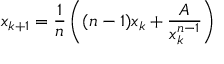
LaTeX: x _ { k + 1 } = { \frac { 1 } { n } } \left( { ( n - 1 ) x _ { k } + { \frac { A } { x _ { k } ^ { n - 1 } } } } \right)